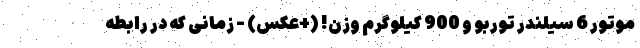
موتور 6 سیلندر توربو و 900 کیلوگرم وزن! (+عکس) - زمانی که در رابطه